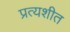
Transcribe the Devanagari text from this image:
प्रत्यशीत